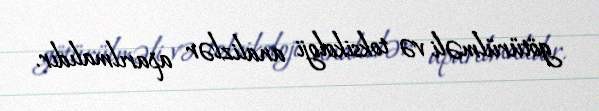
götürülməli və toksikoloji analizlər aparılmalıdır.